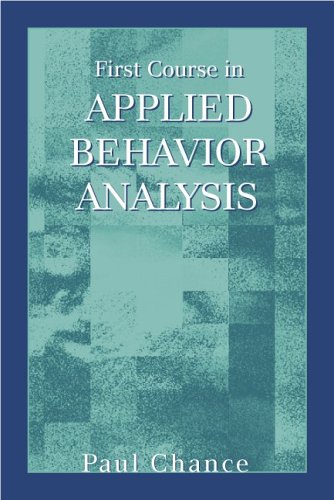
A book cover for First Course in Applied Behavior Analysis; Paul Chance; Medical Books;